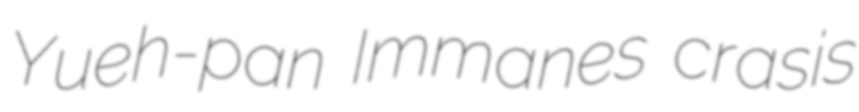
Yueh-pan Immanes crasis